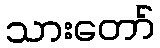
သားတော်